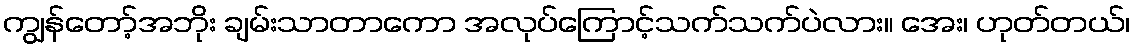
ကျွန်တော့်အဘိုး ချမ်းသာတာကော အလုပ်ကြောင့်သက်သက်ပဲလား။ အေး၊ ဟုတ်တယ်၊